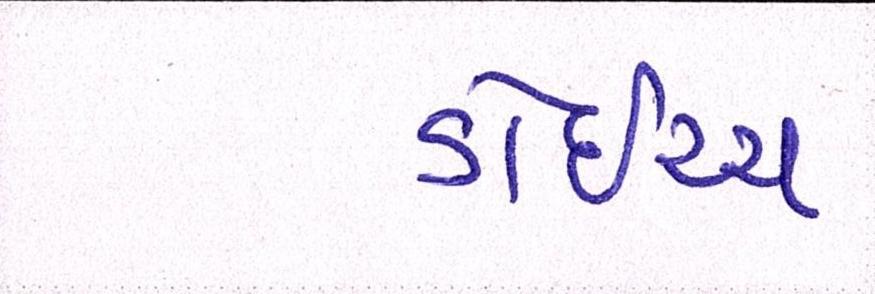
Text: ડોઇચ્ચ